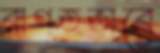
রাগতভাবে